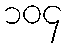
၁၀၄